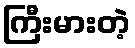
ကြီးမားတဲ့